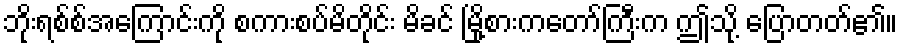
ဘိုးရစ်စ်အကြောင်းကို စကားစပ်မိတိုင်း မိခင် မြို့စားကတော်ကြီးက ဤသို့ ပြောတတ်၏။